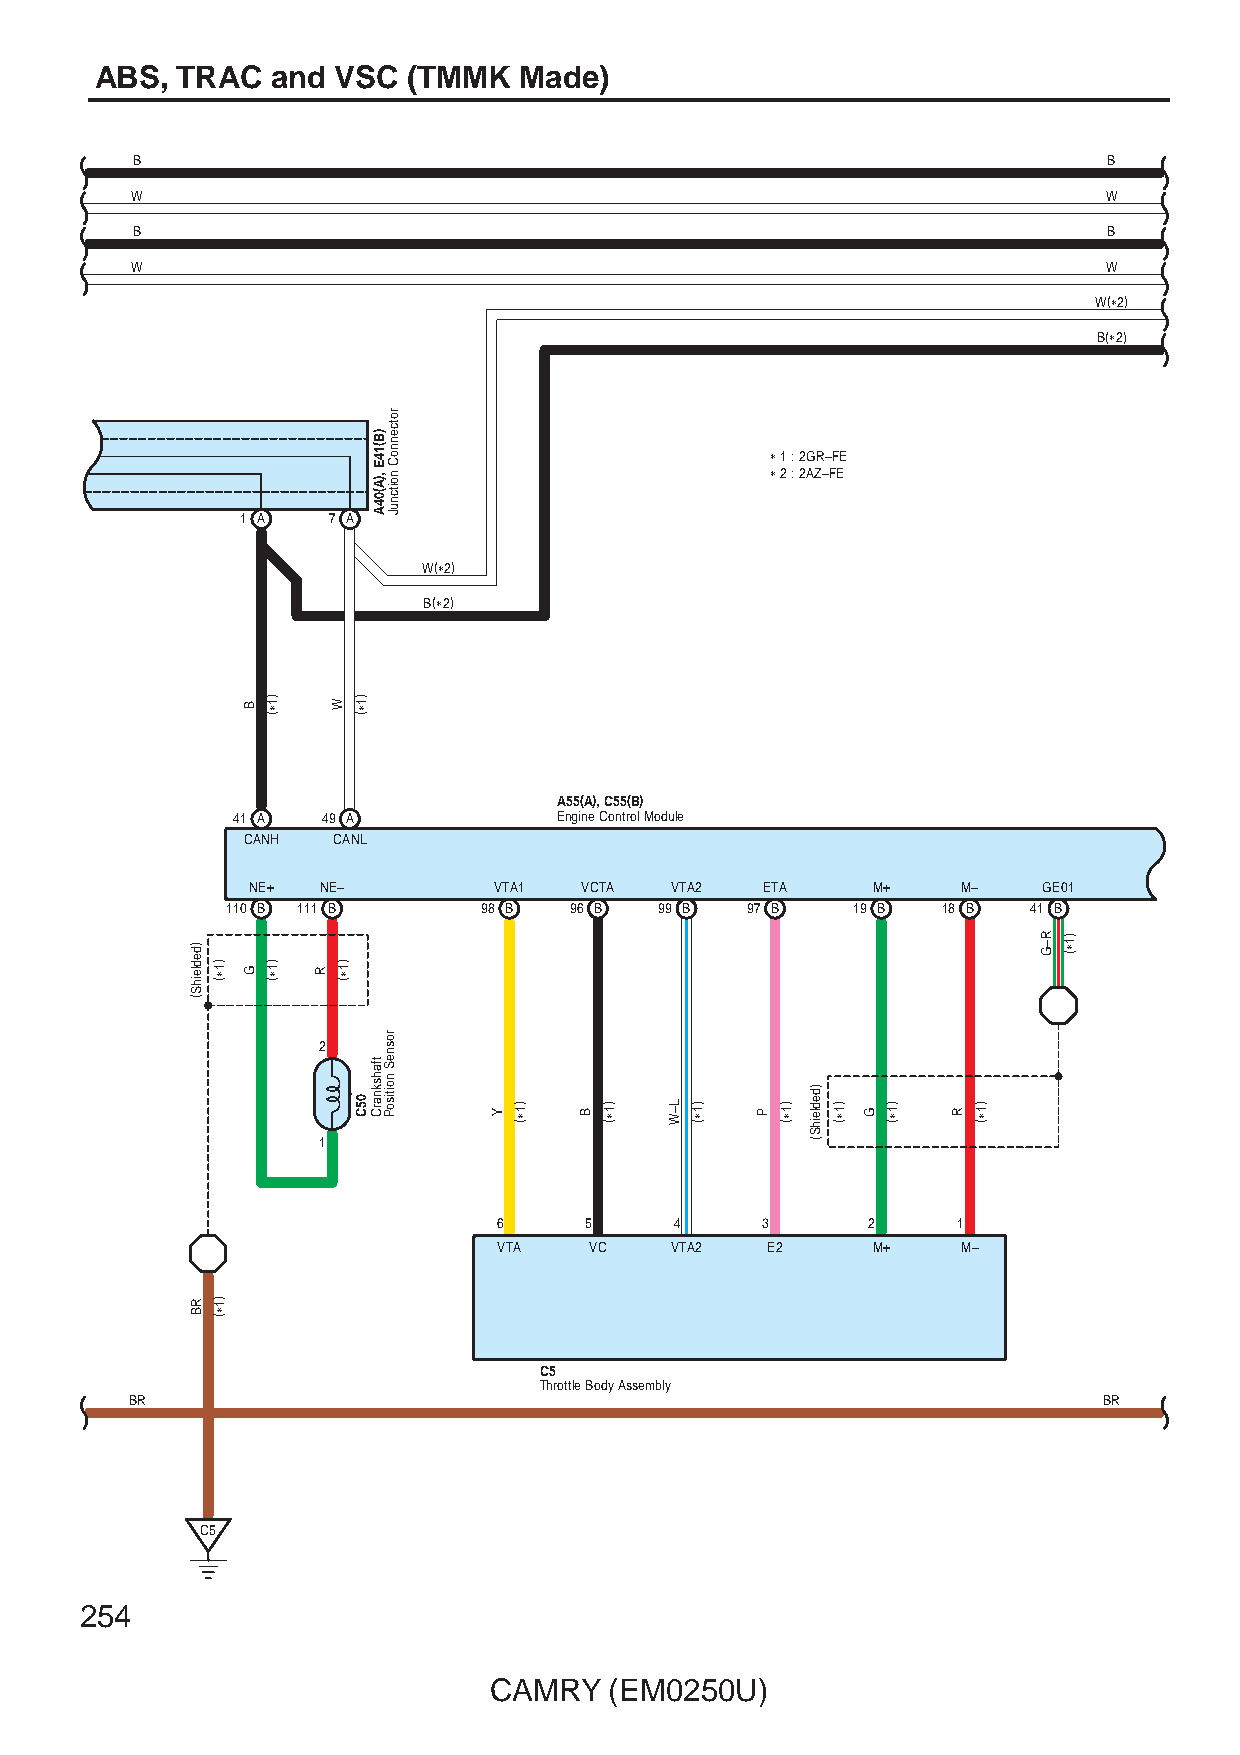
ABS,  TRAC  and VSC  (TMMK  Made)
 B                                                               B
 W                                                               W
 B                                                               B
 W                                                               W
 W(∗2)
 B(∗2)
 ∗ 1 : 2GR–FE
 ∗ 2 : 2AZ–FE
 1 A   7 A
 W(∗2)
 B(∗2)
 A55(A), C55(B)
 41 A  49 A            Engine Control Module
 CANH  CANL
 NE+  NE–         VTA1 VCTA  VTA2   ETA    M+    M–   GE01
 110 B 111 B      98 B  96 B  99 B 97 B   19 B  18 B  41 B
 2
 1
 6     5     4    3      2     1
 VTA   VC   VTA2   E2     M+    M–
 C5
 Throttle Body Assembly
 BR                                                              BR
 C5
 254
 CAMRY   (EM0250U)
 )dedleihS(
 RB
 )1∗(
 )1∗(
 B
 G
 )1∗(
 )1∗(
 R
 W
 )1∗(
 )1∗(
 05C
 )B(14E
 ,)A(04A
 tfahsknarC
 rotcennoC
 noitcnuJ
 rosneS
 noitisoP
 Y
 )1∗(
 B
 )1∗( L–W )1∗(
 P
 )1∗(
 )dedleihS(
 )1∗(
 G
 )1∗(
 R
 )1∗(
 R–G )1∗(